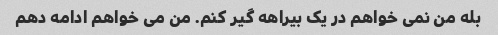
بله من نمی خواهم در یک بیراهه گیر کنم. من می خواهم ادامه دهم